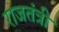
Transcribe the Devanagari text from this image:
राजतंत्री